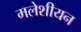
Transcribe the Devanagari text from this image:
मलेशीयन